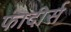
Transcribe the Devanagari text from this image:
फादीर्स